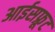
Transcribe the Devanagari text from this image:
आईसफ्रूट